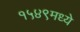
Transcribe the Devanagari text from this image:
१५४९मध्ये